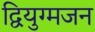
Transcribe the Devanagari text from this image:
द्वियुग्मजन